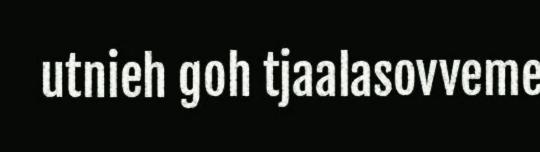
utnieh goh tjaalasovveme